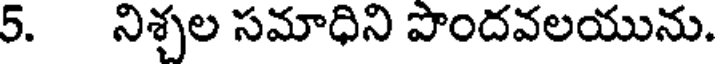
5. నిశ్చల సమాధిని పొందవలయును.